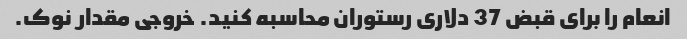
انعام را برای قبض 37 دلاری رستوران محاسبه کنید. خروجی مقدار نوک.